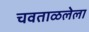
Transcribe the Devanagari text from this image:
चवताळलेला